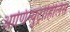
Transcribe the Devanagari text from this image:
आणिन्युट्रोहिलिस